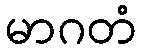
မာဂတံ